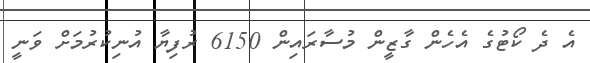
އެ ދެ ކޯޓުގެ އެހެން ގާޒީން މުސާރައިން 6150 ރުފިޔާ އުނިކުރުމަށް ވަނީ